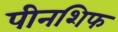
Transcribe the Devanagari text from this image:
पीनशिफ